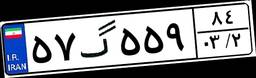
۵۷گ۵۵۹۸۴